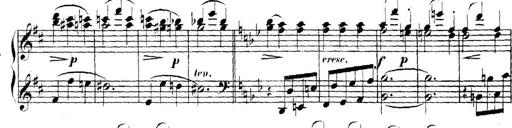
Title: Collected Piano Sonatas
Composer: Muzio Clementi